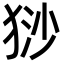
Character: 猀